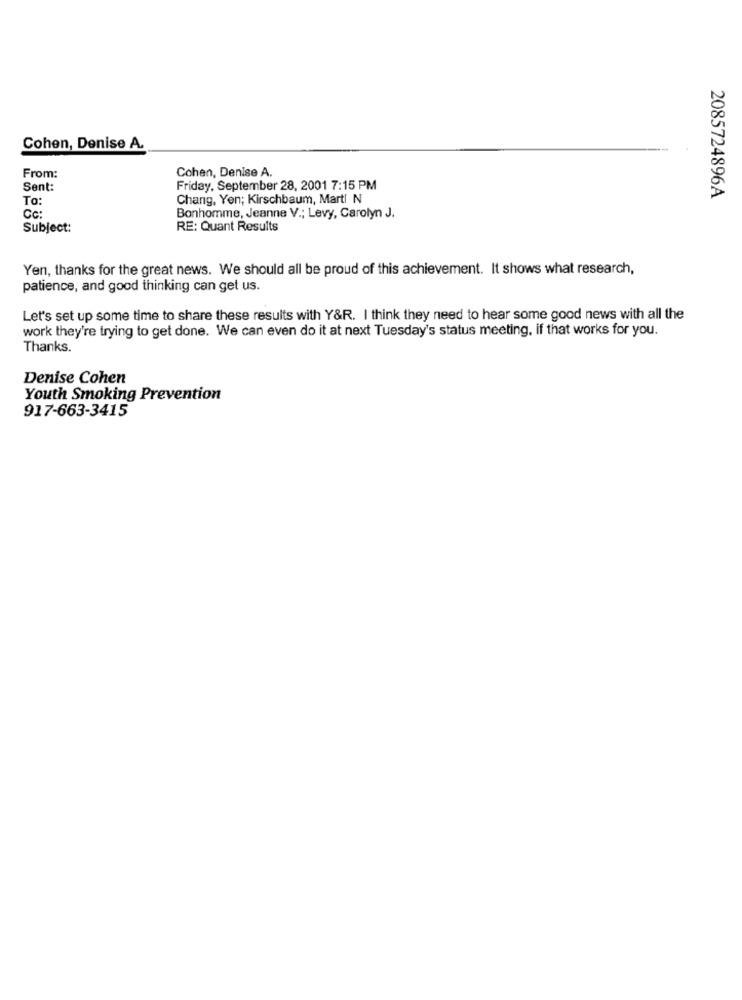
Cohen, Denise A.
Cohen, Denise A.
From:
Sent:
Friday, September 28, 2001 7:15 PM
To:
Chang, Yen; Kirschbaum, Marti N
2085724896A
Cc:
Bonhomme, Jeanne V .; Levy, Carolyn J.
Subject:
RE: Quant Results
Yen, thanks for the great news. We should all be proud of this achievement. It shows what research,
patience, and good thinking can get us.
Let's set up some time to share these results with Y&R. I think they need to hear some good news with all the
work they're trying to get done. We can even do it at next Tuesday's status meeting, if that works for you.
Thanks.
Denise Cohen
Youth Smoking Prevention
917-663-3415